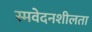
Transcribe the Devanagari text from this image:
स्मवेदनशीलता